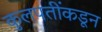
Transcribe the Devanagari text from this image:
कुलपतींकडून